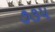
૭૩૫